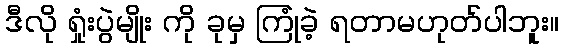
ဒီလို ရှုံးပွဲမျိုး ကို ခုမှ ကြုံခဲ့ ရတာမဟုတ်ပါဘူး။